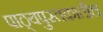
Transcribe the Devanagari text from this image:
पाठ्यपुस्तकातील